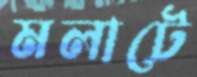
মলাটে